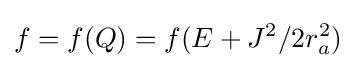
f=f(Q)=f(E+J^{2}/2r_{a}^{2})